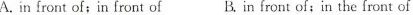
A.in front of; in front of B. in front of; in the front of